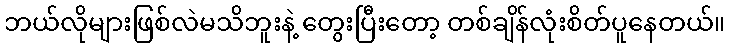
ဘယ်လိုများဖြစ်လဲမသိဘူးနဲ့ တွေးပြီးတော့ တစ်ချိန်လုံးစိတ်ပူနေတယ်။